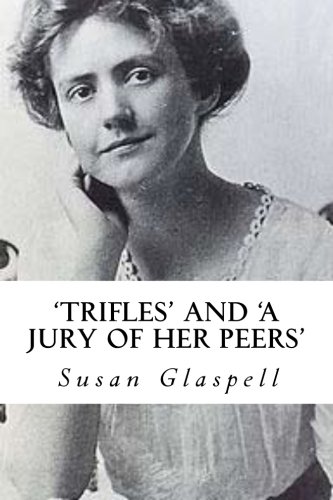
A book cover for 'Trifles' and 'A Jury of her Peers'; Susan Glaspell; Literature & Fiction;